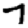
Digit: 7